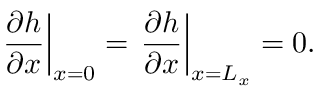
\left. \frac { \partial h } { \partial x } \right| _ { x = 0 } = \left. \frac { \partial h } { \partial x } \right| _ { x = L _ { x } } = 0 .